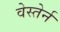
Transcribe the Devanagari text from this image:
वेस्तेर्न